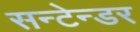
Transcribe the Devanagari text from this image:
सन्टेन्डर